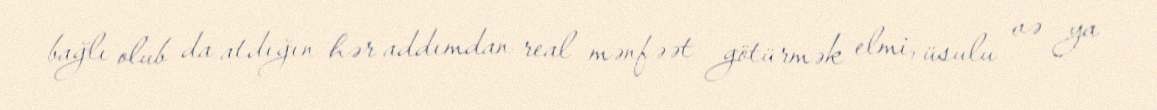
bağlı olub da atdığın hər addımdan real mənfəət götürmək elmi, üsulu və ya